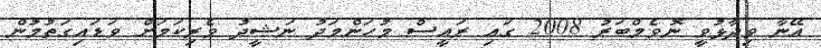
އޭނާ ވިދާޅުވީ ނޮވެމްބަރު 2008 ގައި ރައީސް މުހަންމަދު ނަޝީދު ވެރިކަމަށް ވަޑައިގަތުމުން